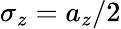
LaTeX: \sigma_{z}=a_{z}/2